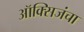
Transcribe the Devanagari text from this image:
ऑक्सिजंचा